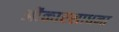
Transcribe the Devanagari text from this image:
ओंकारसाधना